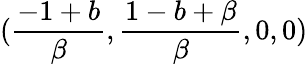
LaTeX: (\frac{-1+b}{\beta},\frac{1-b+\beta}{\beta},0,0)